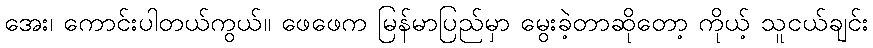
အေး၊ ကောင်းပါတယ်ကွယ်။ ဖေဖေက မြန်မာပြည်မှာ မွေးခဲ့တာဆိုတော့ ကိုယ့် သူငယ်ချင်း